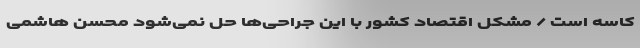
کاسه است / مشکل اقتصاد کشور با این جراحی‌ها حل نمی‌شود محسن هاشمی‌